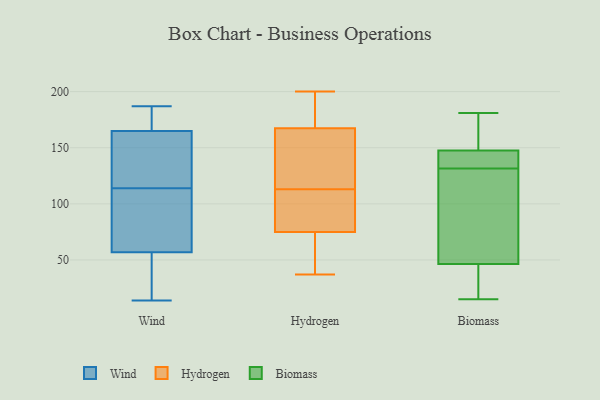
{"axis": {"x": "Shipments", "y": "Value"}, "legend": ["Biomass", "Hydrogen", "Wind"], "data": [{"x": "", "y": 66, "type": "Wind"}, {"x": "", "y": 187, "type": "Wind"}, {"x": "", "y": 165, "type": "Wind"}, {"x": "", "y": 92, "type": "Wind"}, {"x": "", "y": 152, "type": "Wind"}, {"x": "", "y": 57, "type": "Wind"}, {"x": "", "y": 136, "type": "Wind"}, {"x": "", "y": 27, "type": "Wind"}, {"x": "", "y": 14, "type": "Wind"}, {"x": "", "y": 184, "type": "Wind"}, {"x": "", "y": 51, "type": "Hydrogen"}, {"x": "", "y": 156, "type": "Hydrogen"}, {"x": "", "y": 200, "type": "Hydrogen"}, {"x": "", "y": 189, "type": "Hydrogen"}, {"x": "", "y": 51, "type": "Hydrogen"}, {"x": "", "y": 100, "type": "Hydrogen"}, {"x": "", "y": 151, "type": "Hydrogen"}, {"x": "", "y": 83, "type": "Hydrogen"}, {"x": "", "y": 186, "type": "Hydrogen"}, {"x": "", "y": 113, "type": "Hydrogen"}, {"x": "", "y": 103, "type": "Hydrogen"}, {"x": "", "y": 161, "type": "Hydrogen"}, {"x": "", "y": 37, "type": "Hydrogen"}, {"x": "", "y": 94, "type": "Biomass"}, {"x": "", "y": 15, "type": "Biomass"}, {"x": "", "y": 146, "type": "Biomass"}, {"x": "", "y": 143, "type": "Biomass"}, {"x": "", "y": 30, "type": "Biomass"}, {"x": "", "y": 149, "type": "Biomass"}, {"x": "", "y": 125, "type": "Biomass"}, {"x": "", "y": 63, "type": "Biomass"}, {"x": "", "y": 138, "type": "Biomass"}, {"x": "", "y": 29, "type": "Biomass"}, {"x": "", "y": 181, "type": "Biomass"}, {"x": "", "y": 174, "type": "Biomass"}]}